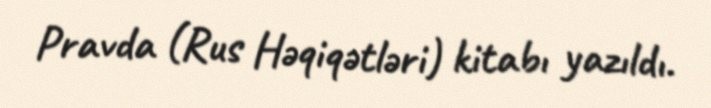
Pravda (Rus Həqiqətləri) kitabı yazıldı.